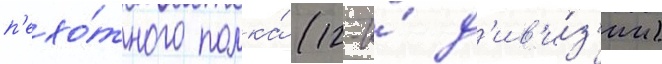
п'ехо́тного полка́ (12-и́ д'ив'и́з'ии)